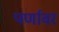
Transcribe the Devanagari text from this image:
पर्णावर